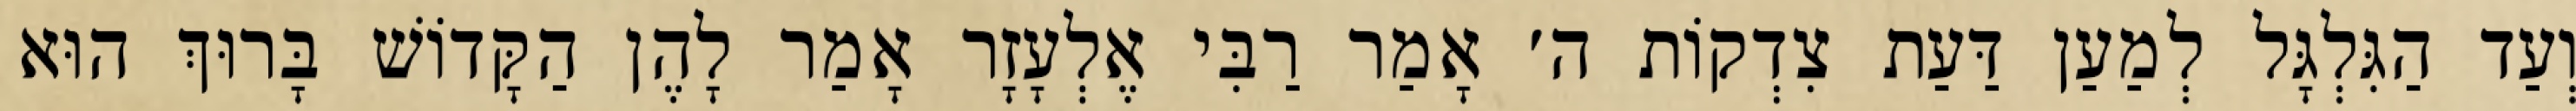
וְעַד הַגִּלְגָּל לְמַעַן דַּעַת צִדְקוֹת ה׳ אָמַר רַבִּי אֶלְעָזָר אָמַר לָהֶן הַקָּדוֹשׁ בָּרוּךְ הוּא